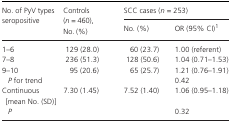
| <ROWSPAN=2> No. of PyV types seropositive | <ROWSPAN=2> Controls (n = 460), No. (%) | <COLSPAN=2> SCC cases (n = 253) |
 | No. (%) | OR (95% CI)a |
 | --- | --- | --- | --- |
 | 1–6 | 129 (28.0) | 60 (23.7) | 1.00 (referent) |
 | 7–8 | 236 (51.3) | 128 (50.6) | 1.04 (0.71–1.53) |
 | 9–10 | 95 (20.6) | 65 (25.7) | 1.21 (0.76–1.91) |
 | P for trend |  |  | 0.42 |
 | Continuous[mean No. (SD)] | 7.30 (1.45) | 7.52 (1.40) | 1.06 (0.95–1.18) |
 | P |  |  | 0.32 |